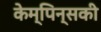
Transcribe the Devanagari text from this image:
केम्पिन्सकी